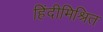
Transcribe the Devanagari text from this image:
हिंदीमिश्रित